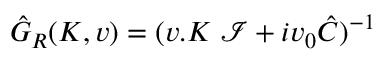
\hat { G } _ { R } ( K , v ) = ( v . K \ { \mathcal { I } } + i v _ { 0 } \hat { C } ) ^ { - 1 }